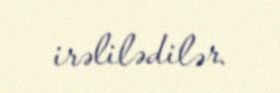
irəlilədilər.